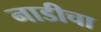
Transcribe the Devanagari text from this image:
नाडीचा